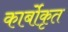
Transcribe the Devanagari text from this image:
कार्बोकृत